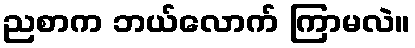
ညစာက ဘယ်လောက် ကြာမလဲ။